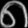
Digit: ၈